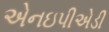
એનઇપીએડી